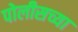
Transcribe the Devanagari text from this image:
पोलीसच्या